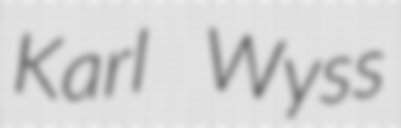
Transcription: Karl Wyss